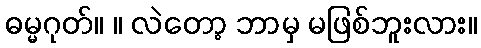
ဓမ္မဂုတ်။ ။ လဲတော့ ဘာမှ မဖြစ်ဘူးလား။